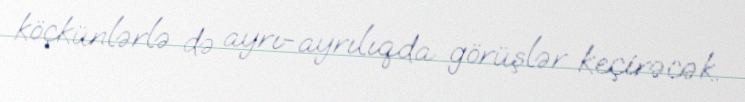
köçkünlərlə də ayrı-ayrılıqda görüşlər keçirəcək.